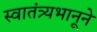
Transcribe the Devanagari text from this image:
स्वातंत्र्यभानूने